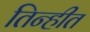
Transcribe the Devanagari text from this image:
तिन्हीत